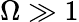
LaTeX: \Omega\gg 1